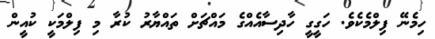
ހިމެނޭ ފިލްމެކެވެ. ހަގީގީ ހާދިސާއެއްގެ މައްޗަށް ތައްޔާރު ކުރާ މި ފިލްމަކީ ކުއީން